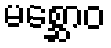
မစ္ဆောဝ